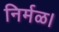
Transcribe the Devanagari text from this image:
निर्मळ।